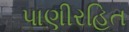
પાણીરહિત